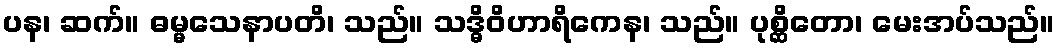
ပန၊ ဆက်။ ဓမ္မသေနာပတိ၊ သည်။ သဒ္ဓိဝိဟာရိကေန၊ သည်။ ပုစ္ဆိတော၊ မေးအပ်သည်။